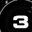
Digit: 3